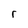
Character: r